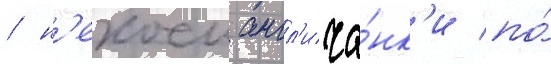
/ н'екоеи англ'ича́нк'и по́